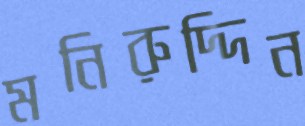
মনিরুদ্দিন